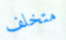
متخلف